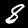
Label: 8